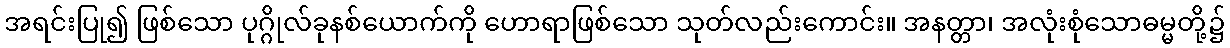
အရင်းပြု၍ ဖြစ်သော ပုဂ္ဂိုလ်ခုနစ်ယောက်ကို ဟောရာဖြစ်သော သုတ်လည်းကောင်း။ အနတ္တာ၊ အလုံးစုံသောဓမ္မတို့၌